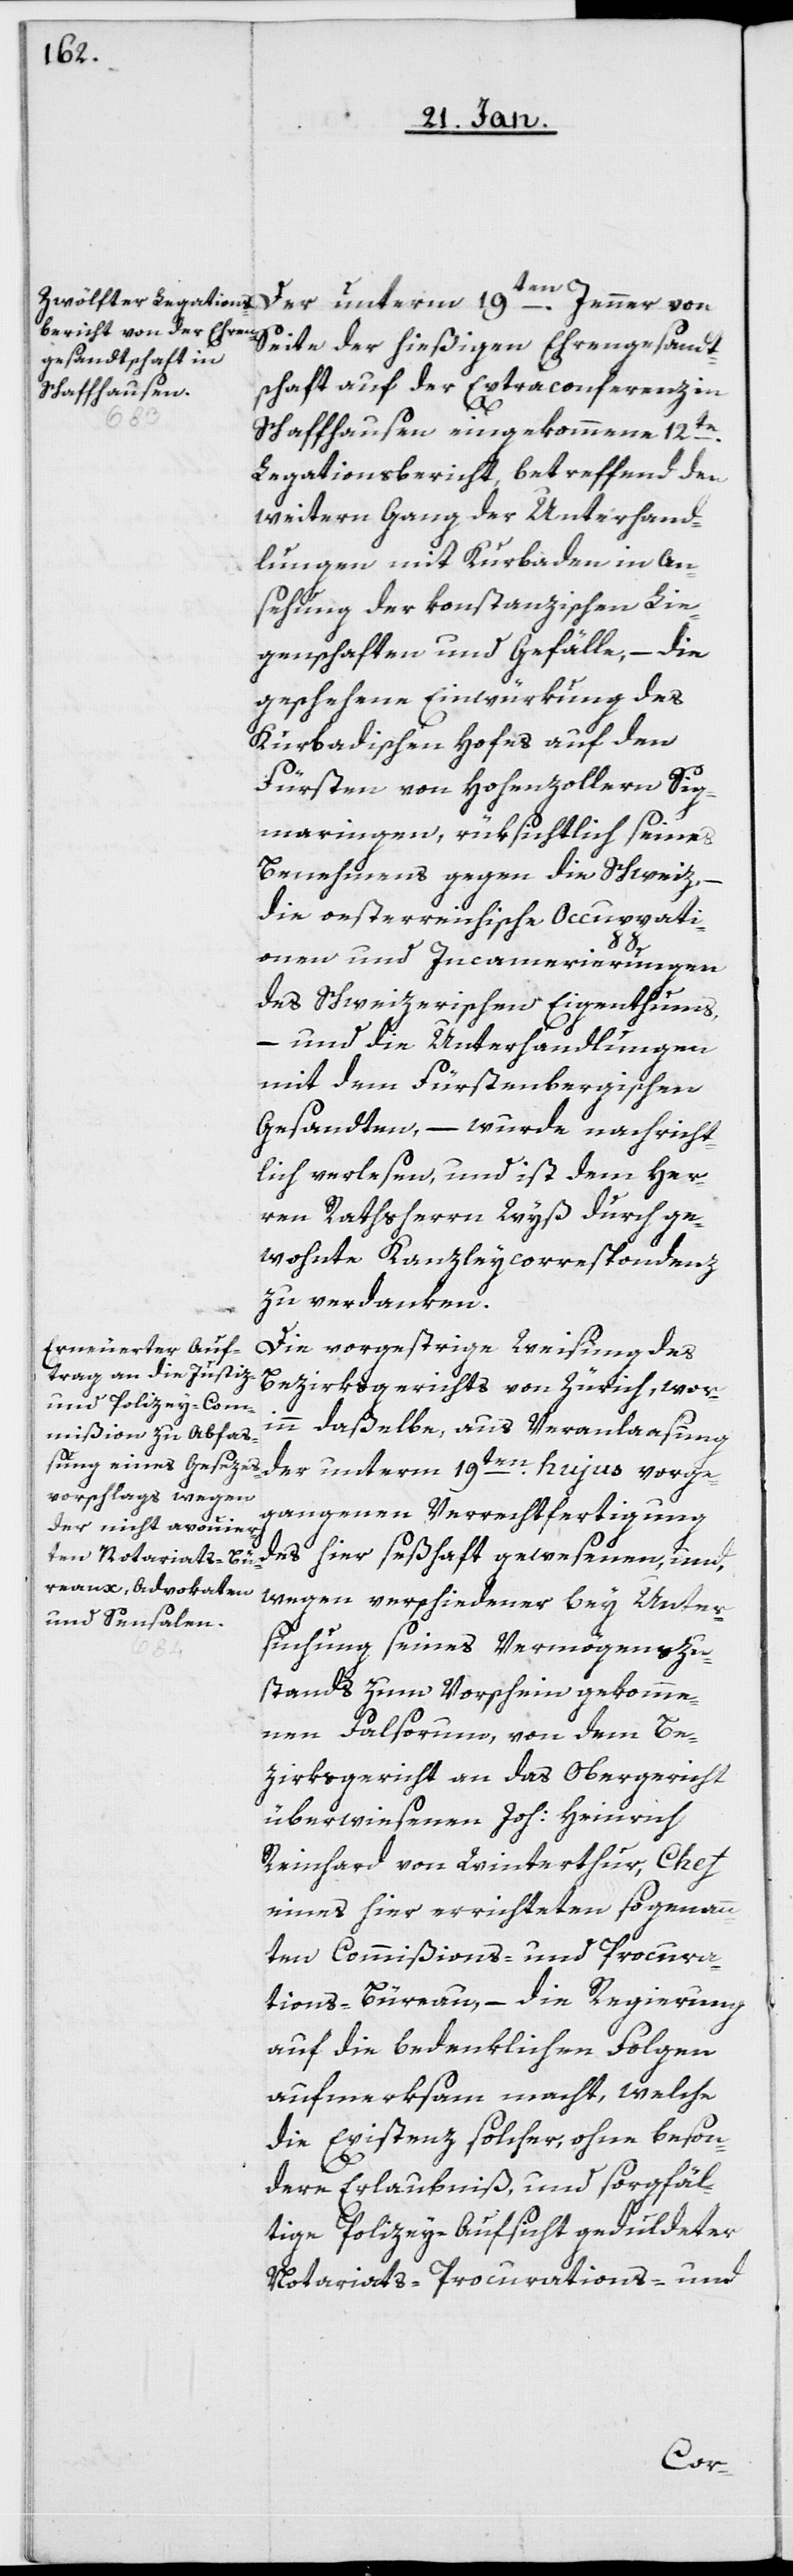
Der unterm 19ten. Jenner von
Seite der hießigen Ehrengesandt¬
schaft auf der Extraconferenz in
Schaffhausen eingekommene 12te.
Legationsbericht, betreffend den
weitern Gang der Unterhand¬
lungen mit Kurbaden in An¬
sehung der konstanzischen Lie¬
genschaften und Gefälle, – die
geschehene Einwürkung des
Kurbadischen Hofes auf den
Fürsten von Hohenzollern Sig¬
maringen, rüksichtlich seines
Benehmens gegen die Schweiz, –
die oesterreichische Occupati¬
onen und Incamerierungen
des Schweizerischen Eigenthums,
– und die Unterhandlungen
mit dem Fürstenbergischen
Gesandten, – wurde nachricht¬
lich verlesen, und ist dem Her¬
ren Rathsherrn Wyß durch ge¬
wohnte Kanzleycorrespondenz
zu verdanken.
Die vorgestrige Weisung des
Bezirksgerichts von Zürich, wor¬
inn daßelbe, aus Veranlaasung
der unterm 19ten. hujus vorge¬
gangenen Verrechtfertigung
des hier seßhaft gewesenen, und,
wegen verschiedener bey Unter¬
suchung seines Vermögenszu¬
stands zum Vorschein gekomme¬
nen Falsorum, von dem Be¬
zirksgericht an das Obergericht
überwiesenen Joh: Heinrich
Reinhard von Winterthur, Chef
eines hier errichteten sogenann¬
ten Commißions- und Procura¬
tions-Büreau, – die Regierung
auf die bedenklichen Folgen
aufmerksam macht, welche
die Existenz solcher, ohne beson¬
dere Erlaubniß, und sorgfäl¬
tige Polizey-Aufsicht geduldeter
Notariats-Procurations- und